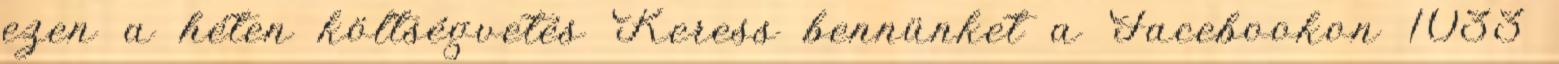
ezen a héten költségvetés Keress bennünket a Facebookon 1033